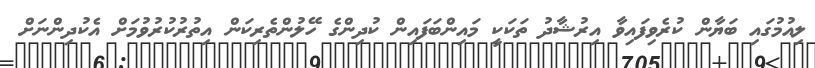
ލިއުމުގައި ބަޔާން ކުރެވިފައިވާ އިރުޝާދު ތަކަކީ މައިންބަފައިން ކުދިންގެ ހޭލުންތެރިކަން އިތުރުކުރުވުމަށް އެކުދިންނަށް